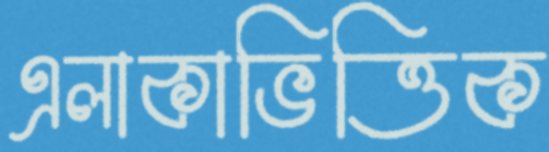
এলাকাভিত্তিক